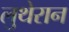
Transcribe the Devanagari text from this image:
लुथेरान